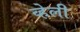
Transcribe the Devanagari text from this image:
व्हेली